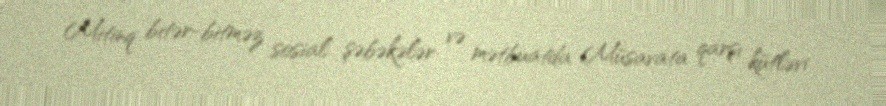
Mitinq bitər-bitməz sosial şəbəkələr və mətbuatda Müsavata qarşı kütləvi